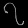
Digit: ၇